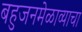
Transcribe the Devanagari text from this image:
बहुजनमेळाव्याचा